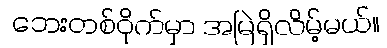
ဘေးတစ်ဝိုက်မှာ အမြဲရှိလိမ့်မယ်။